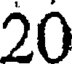
20